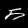
Label: 5